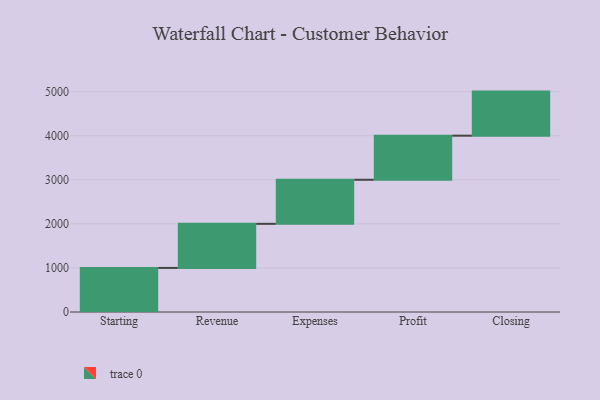
{"axis": {"x": "Step", "y": "Value"}, "legend": [""], "data": [{"x": "Starting", "y": 1000, "type": ""}, {"x": "Revenue", "y": 1000, "type": ""}, {"x": "Expenses", "y": 1000, "type": ""}, {"x": "Profit", "y": 1000, "type": ""}, {"x": "Closing", "y": 1000, "type": ""}]}